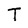
Character: T